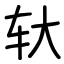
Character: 轪